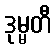
ဒုမ္မတီ